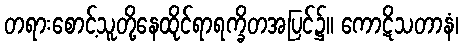
တရားစောင့်သူတို့နေထိုင်ရာရက္ခိတအပြင်၌။ ကောဋိသတာနံ၊